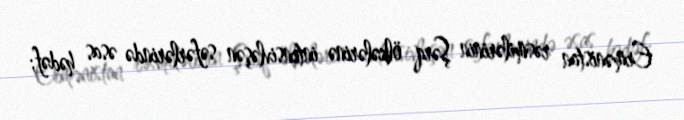
Ermənistan rəsmilərinin Şərq ölkələrinə intensivləşən səfərlərində əsas hədəf;